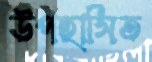
উপহাসিত